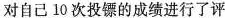
对自己10次投镖的成绩进行了评